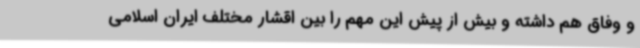
و وفاق هم داشته و بیش از پیش این مهم را بین اقشار مختلف ایران اسلامی